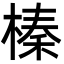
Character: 榛